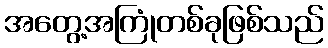
အတွေ့အကြုံတစ်ခုဖြစ်သည်